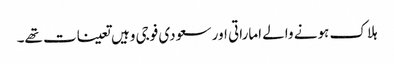
ہلاک ہونے والے اماراتی اور سعودی فوجی وہیں تعینات تھے۔